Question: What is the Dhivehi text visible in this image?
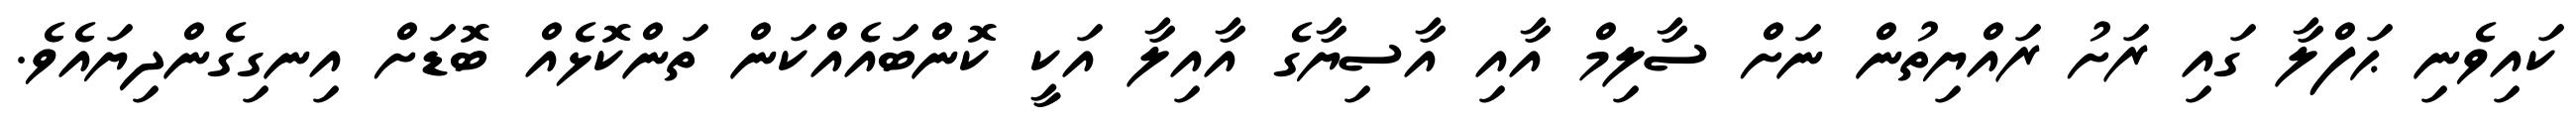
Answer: ކައިވެނި ޙަފްލާ ގައި ރަށު ރައްޔިތުން ނަށް ސާލިމް އާއި އާސިޔާގެ އާއިލާ އަކީ ކޮންބައެއްކަން ތަންކޮޅެއް ބޮޑަށް އިނގިގެންދިޔައެވެ.